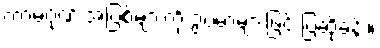
ကာမဂုဏ် အပြစ်များကို ဥပမာများဖြင့် ပြဆိုခန်း။